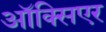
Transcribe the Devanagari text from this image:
ऑक्सिएर